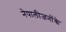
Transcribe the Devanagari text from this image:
नेपालीजनोंके